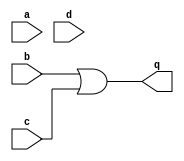
//noticed the logic held valid during the segment where b is 1 and goes off when c goes 1 simultaneously.
module top_module (
    input a,
    input b,
    input c,
    input d,
    output q );//

    assign q = b | c; // Fix me

endmodule